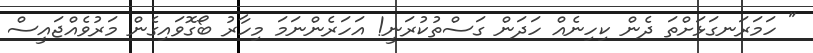
" ހަމަރަނގަޅަށްތަ ދެން ކިހިނެއް ހަދަން ގަސްތުކުރަނީ! އަހަރެންނަމަ މިހާރު ބޯގޮވައިގެން މަރުވެއްޖައީސް